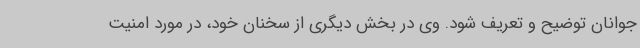
جوانان توضیح و تعریف شود. وی در بخش دیگری از سخنان خود، در مورد امنیت